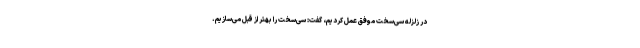
در زلزله سی‌سخت موفق عمل کردیم، گفت: سی‌سخت را بهتر از قبل می‌سازیم.